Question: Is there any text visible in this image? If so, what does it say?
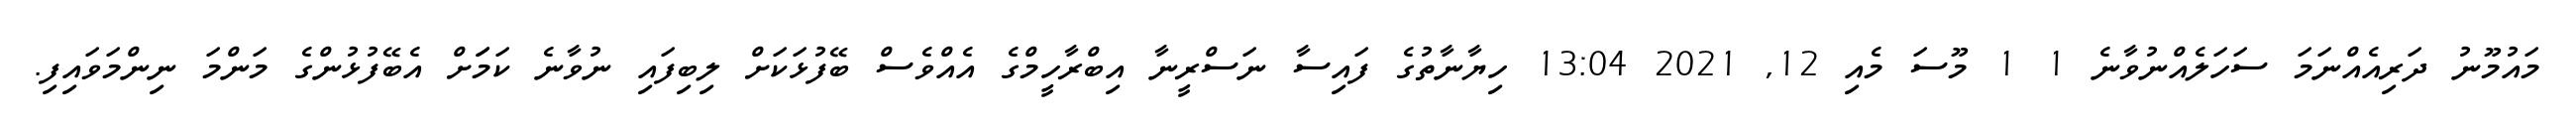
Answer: މައުމޫނު ދަރިއެއްނަމަ ސަހަލެއްނުވާނެ 1 1 މޫސަ މެއި 12, 2021 13:04 ހިޔާނާތުގެ ފައިސާ ނަސްރީނާ އިބްރާހީމްގެ އެއްވެސް ބޭފުޅަކަށް ލިބިފައި ނުވާނެ ކަމަަށް އެބޭފުޅުންގެ މަންމަ ނިންމަވައިފި.